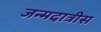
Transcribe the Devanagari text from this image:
जन्मदात्रीस